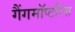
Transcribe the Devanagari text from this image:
गैंगमॉप्टरिस